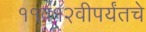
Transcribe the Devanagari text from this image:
११व१२वीपर्यंतचे